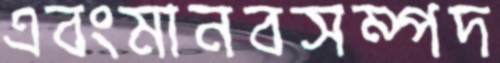
এবংমানবসম্পদ